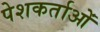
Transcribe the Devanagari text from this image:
पेशकर्ताओं